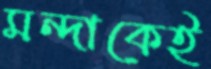
মন্দাকেই